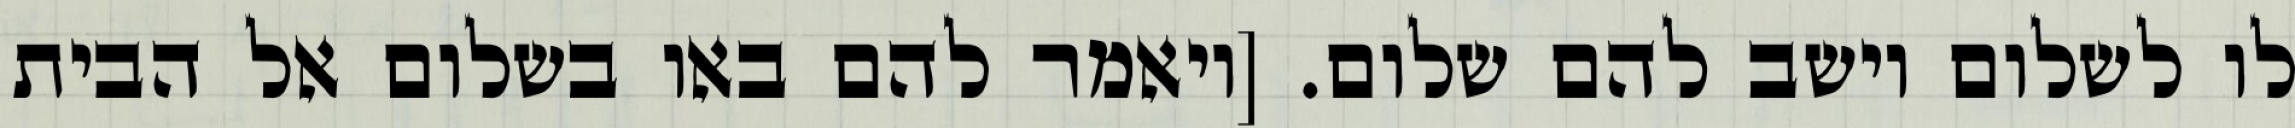
לו לשלום וישב להם שלום. [ויאמר להם באו בשלום אל הבית